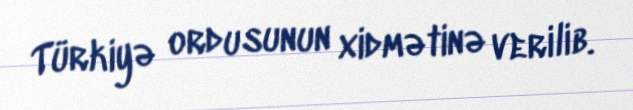
Türkiyə ordusunun xidmətinə verilib.